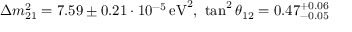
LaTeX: \Delta m _ { 2 1 } ^ { 2 } = 7 . 5 9 \pm 0 . 2 1 \cdot 1 0 ^ { - 5 } \, { \mathrm { e V } } ^ { 2 } , \, \, \tan ^ { 2 } \theta _ { 1 2 } = 0 . 4 7 _ { - 0 . 0 5 } ^ { + 0 . 0 6 }